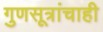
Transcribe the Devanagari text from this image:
गुणसूत्रांचाही